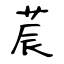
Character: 莀